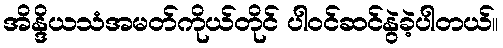
အိန္ဒိယသံအမတ်ကိုယ်တိုင် ပါဝင်ဆင်နွဲခဲ့ပါတယ်။